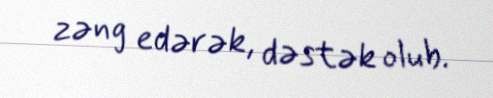
zəng edərək, dəstək olub.